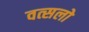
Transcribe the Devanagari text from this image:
वत्सलो